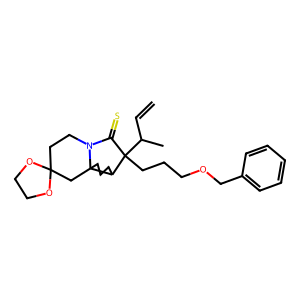
SMILES: C=CC(C)C1(CCCOCc2ccccc2)C(=S)N2CCC3(CC24CCCC14)OCCO3
Inhibits HIV replication: No